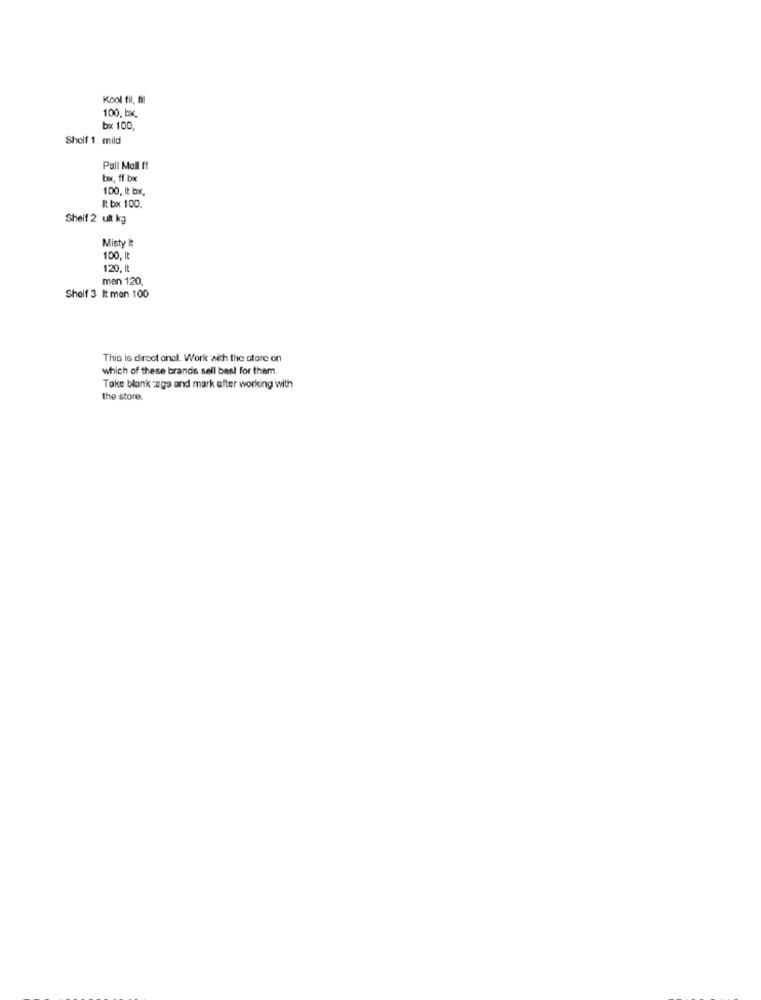
Kool fil, fl
100. bx,
bx 100,
Shelf 1 mild
Pall Mall ff
bw, ff bx
100, It bx,
It bx 100.
Shelf 2 ult kg
Misty It
100, It
120, It
men 120.
Shelf 3 It men 100
This is direct onel. Work with the store on
which of these brands sell best for them.
Take blank cega and mark after working with
the store.